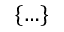
\{ \ldots \}